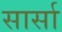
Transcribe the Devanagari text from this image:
सार्सा